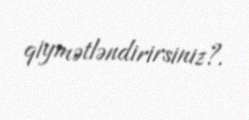
qiymətləndirirsiniz?.